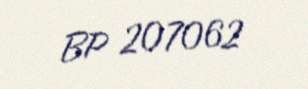
BP 207062